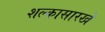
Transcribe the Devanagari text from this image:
शल्कासारखे